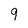
Character: 9